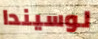
لوسيندا